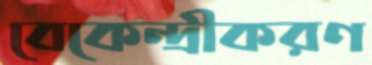
বেকেন্দ্রীকরণ